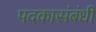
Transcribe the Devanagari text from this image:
पदकासंबंधी